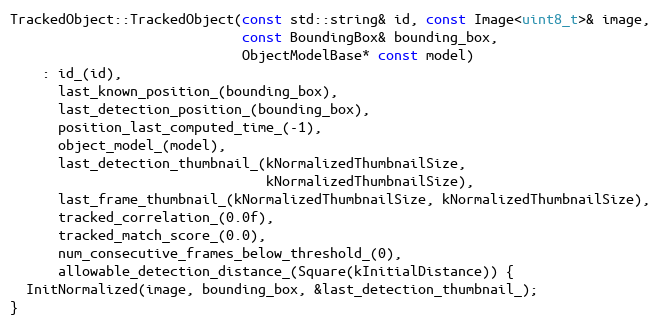
Language: C++
TrackedObject::TrackedObject(const std::string& id, const Image<uint8_t>& image,
                             const BoundingBox& bounding_box,
                             ObjectModelBase* const model)
    : id_(id),
      last_known_position_(bounding_box),
      last_detection_position_(bounding_box),
      position_last_computed_time_(-1),
      object_model_(model),
      last_detection_thumbnail_(kNormalizedThumbnailSize,
                                kNormalizedThumbnailSize),
      last_frame_thumbnail_(kNormalizedThumbnailSize, kNormalizedThumbnailSize),
      tracked_correlation_(0.0f),
      tracked_match_score_(0.0),
      num_consecutive_frames_below_threshold_(0),
      allowable_detection_distance_(Square(kInitialDistance)) {
  InitNormalized(image, bounding_box, &last_detection_thumbnail_);
}